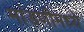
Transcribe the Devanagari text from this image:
मांडणीमध्ये